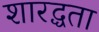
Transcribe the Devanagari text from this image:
शारद्धता